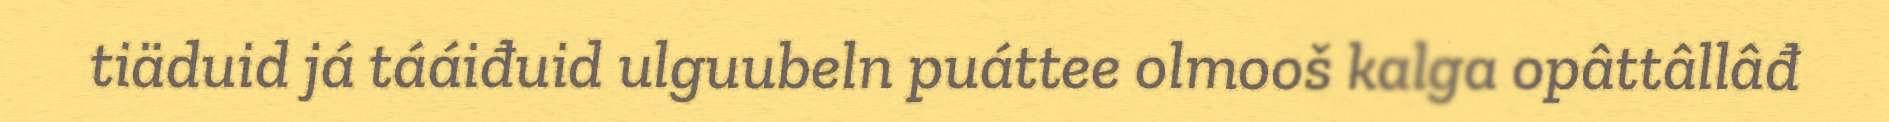
tiäduid já tááiđuid ulguubeln puáttee olmooš kalga opâttâllâđ